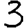
Digit: 3